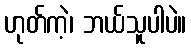
ဟုတ်ကဲ့၊ ဘယ်သူပါပဲ။